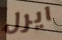
ايرل